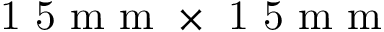
\mathrm { ~ 1 ~ 5 ~ m ~ m ~ } \times \mathrm { ~ 1 ~ 5 ~ m ~ m ~ }